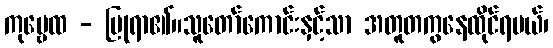
ကုဗ္ဗေထ - ပြုရာ၏။သူတော်ကောင်းနှင့်သာ အတူတကွနေထိုင်ရမယ်၊